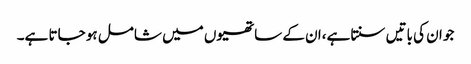
جو ان کی باتیں سنتا ہے،ان کے ساتھیوں میں شامل ہو جاتا ہے۔